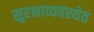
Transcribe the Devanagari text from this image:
सुरक्षाव्यवस्थेत